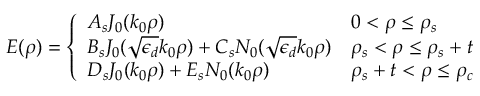
E ( \rho ) = \left\{ \begin{array} { l l } { A _ { s } J _ { 0 } ( k _ { 0 } \rho ) } & { 0 < \rho \leq \rho _ { s } } \\ { B _ { s } J _ { 0 } ( \sqrt { \epsilon _ { d } } k _ { 0 } \rho ) + C _ { s } N _ { 0 } ( \sqrt { \epsilon _ { d } } k _ { 0 } \rho ) } & { \rho _ { s } < \rho \leq \rho _ { s } + t } \\ { D _ { s } J _ { 0 } ( k _ { 0 } \rho ) + E _ { s } N _ { 0 } ( k _ { 0 } \rho ) } & { \rho _ { s } + t < \rho \leq \rho _ { c } } \end{array} \right.